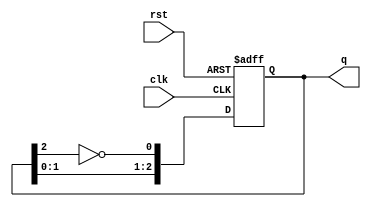
module johnson_counter #(parameter N = 3) (
    input wire clk,          // Clock signal
    input wire rst,          // Asynchronous reset
    output reg [N-1:0] q     // Output state (N flip-flops)
);

// Initialize the counter
always @(posedge clk or posedge rst) begin
    if (rst) begin
        // Reset the counter to a known state (typically zero)
        q <= 0;
    end else begin
        // Shift the states and invert the last output to feed back to the first flip-flop
        q <= {q[N-2:0], ~q[N-1]};
    end
end

endmodule